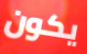
يكون